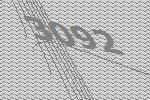
3092